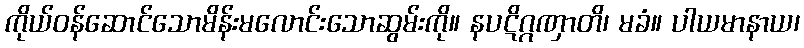
ကိုယ်ဝန်ဆောင်သောမိန်းမလောင်းသောဆွမ်းကို။ နပဋိဂ္ဂဏှာတိ၊ မခံ။ ပါယမာနာယ၊